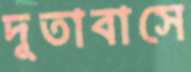
দূতাবাসে